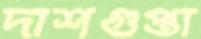
দাশগুপ্তা